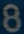
8